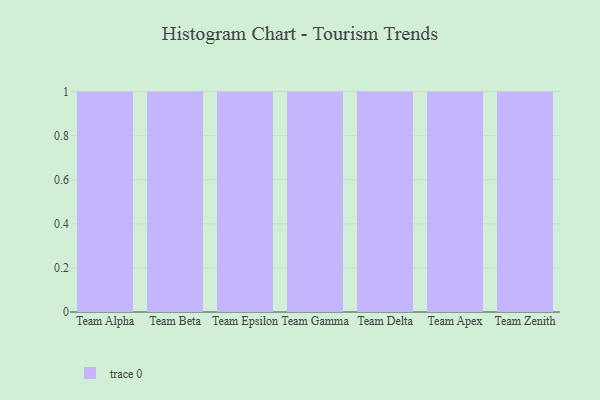
{"axis": {"x": "Team", "y": "Page Views"}, "legend": [""], "data": [{"x": "Team Alpha", "y": 52, "type": ""}, {"x": "Team Beta", "y": 96, "type": ""}, {"x": "Team Epsilon", "y": 63, "type": ""}, {"x": "Team Gamma", "y": 75, "type": ""}, {"x": "Team Delta", "y": 28, "type": ""}, {"x": "Team Apex", "y": 67, "type": ""}, {"x": "Team Zenith", "y": 17, "type": ""}]}